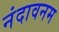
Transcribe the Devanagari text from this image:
नंदावनम